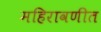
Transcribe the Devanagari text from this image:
महिरावणीत